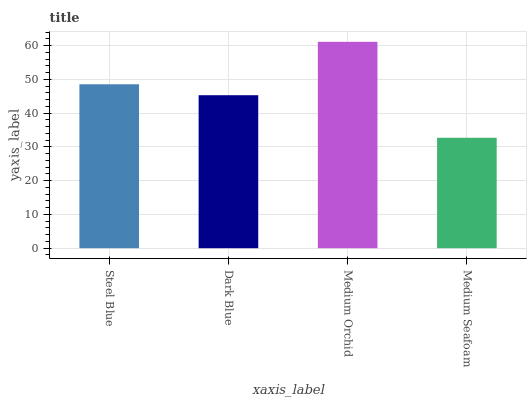
| xaxis_label | bars |
 | --- | --- |
 | Steel Blue | 48.5 |
 | Dark Blue | 45.3 |
 | Medium Orchid | 61.1 |
 | Medium Seafoam | 32.7 |